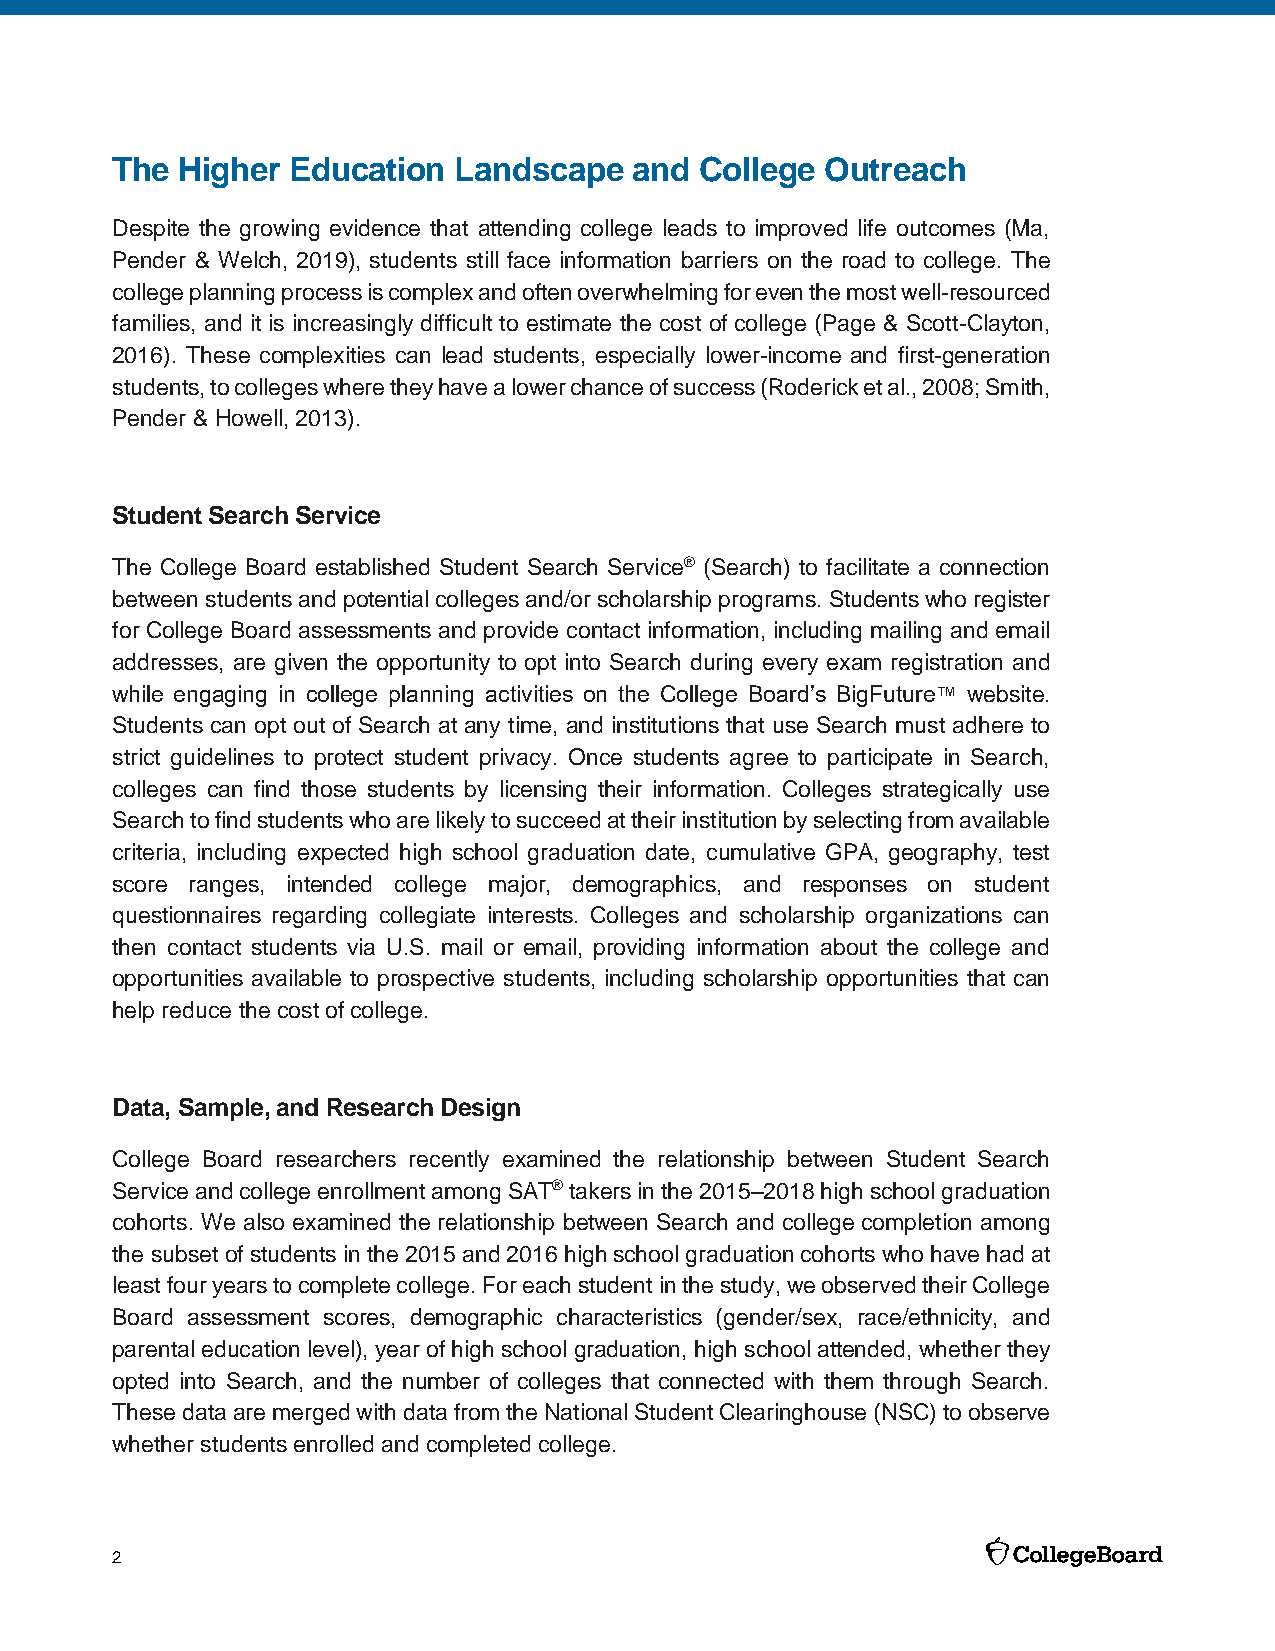
The  Higher Education  Landscape   and College  Outreach
 Despite the growing evidence that attending college leads to improved life outcomes (Ma,
 Pender & Welch, 2019), students still face information barriers on the road to college. The
 college planning process is complex and often overwhelming for even the most well-resourced
 families, and it is increasingly difficult to estimate the cost of college (Page & Scott-Clayton,
 2016). These complexities can lead students, especially lower-income and first-generation
 students, to colleges where they have a lower chance of success (Roderick et al., 2008; Smith,
 Pender & Howell, 2013).
 Student Search Service
 The College Board established Student Search Service® (Search) to facilitate a connection
 between students and potential colleges and/or scholarship programs. Students who register
 for College Board assessments and provide contact information, including mailing and email
 addresses, are given the opportunity to opt into Search during every exam registration and
 while engaging in college planning activities on the College Board’s BigFuture™ website.
 Students can opt out of Search at any time, and institutions that use Search must adhere to
 strict guidelines to protect student privacy. Once students agree to participate in Search,
 colleges can find those students by licensing their information. Colleges strategically use
 Search to find students who are likely to succeed at their institution by selecting from available
 criteria, including expected high school graduation date, cumulative GPA, geography, test
 score ranges, intended college major, demographics, and responses on student
 questionnaires regarding collegiate interests. Colleges and scholarship organizations can
 then contact students via U.S. mail or email, providing information about the college and
 opportunities available to prospective students, including scholarship opportunities that can
 help reduce the cost of college.
 Data, Sample, and Research Design
 College Board researchers recently examined the relationship between Student Search
 Service and college enrollment among SAT® takers in the 2015–2018 high school graduation
 cohorts. We also examined the relationship between Search and college completion among
 the subset of students in the 2015 and 2016 high school graduation cohorts who have had at
 least four years to complete college. For each student in the study, we observed their College
 Board assessment scores, demographic characteristics (gender/sex, race/ethnicity, and
 parental education level), year of high school graduation, high school attended, whether they
 opted into Search, and the number of colleges that connected with them through Search.
 These data are merged with data from the National Student Clearinghouse (NSC) to observe
 whether students enrolled and completed college.
 2